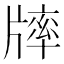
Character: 𤗪